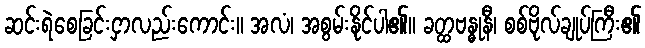
ဆင်းရဲစေခြင်းငှာလည်းကောင်း။ အလံ၊ အစွမ်းနိုင်ပါ၏။ ခတ္ထဗန္ဓုနီ၊ စစ်ဗိုလ်ချုပ်ကြီး၏